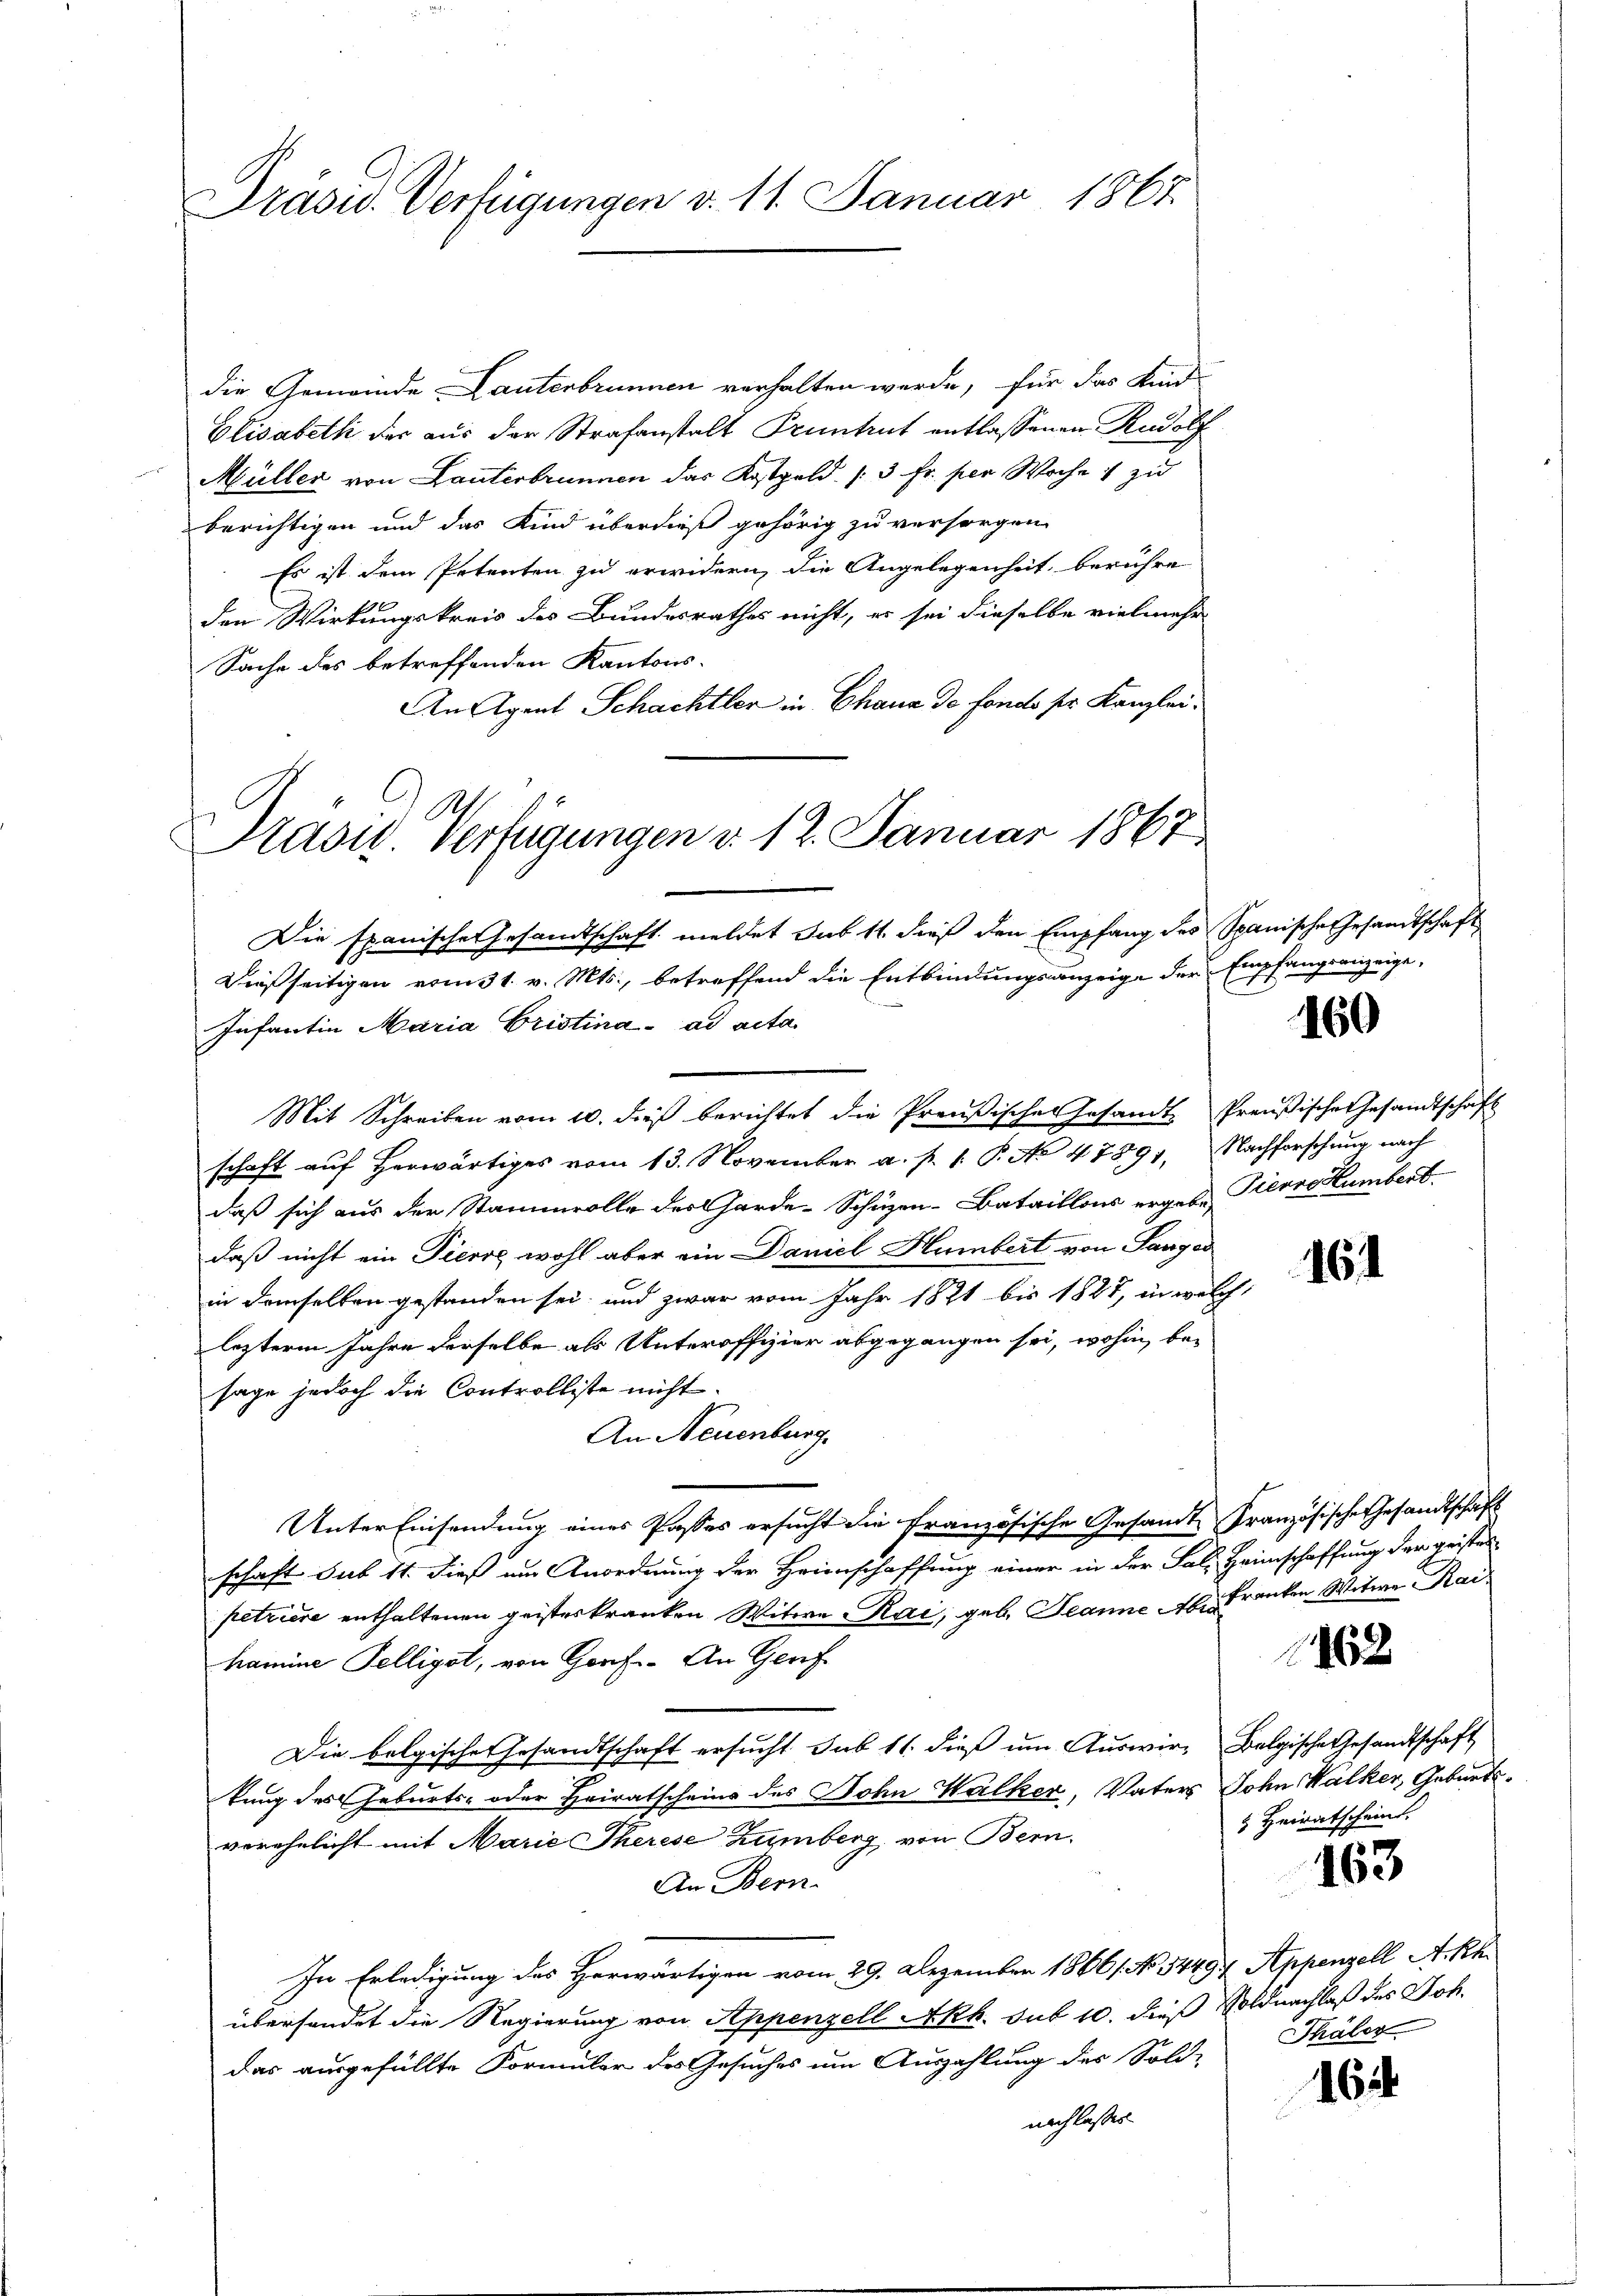
Präsid. Verfügungen v. 11. Januar 1867.

die Gemeinde Lauterbrunnen verhalten werde, für das Kind
Elisabeth der aus der Strafanstalt Pruntrut entlassenen Rudolf
Müller von Lanterbrunnen das Kostgeld. /3 Fr. per Woche zu
berichtigen und das Kind überdieß gehörig zu versorgen
Es ist dem Petenten zu erwidern, die Angelegenheit berühre
den Wirkungskreis des Bundesrathes nicht, er sei dieselbe vielmehr
Sache des betreffenden Kantons-
An Agent Schachtler in Chana de fondo sr. Kanzlei¬
Die spanische Gesandtschaft meldet sub 11. dieß den Empfang des Spanische Gesandtschaft
Dießseitigen vom 31. v. Mts., betreffend die Entbindungsanzeige der Empfangrenzeige,
Infantin Maria Cristina ad acta.
schaft auf herwärtiges vom 13. November a. p. 1. P. No 47891. Nachforschung nach
daß sich aus der Stammvolle der Garde-Schüzen-Bataillons ergebe Pierre Humbert
daß nicht ein Pierre wohl aber ein Daniel Humbert von Langer
in demselben gestanden sei, und zwar vom Jahr 1821 bis 1887, in welche
lezterm Jahre derselbe als Unteroffizier abgegangen sei, wohin, besage jedoch die Controlliste nicht.
An Neuenburg.
Unter Einsendung eines Passes ersucht die französische Gesandte Französische Gesandtschaft
schaft sub 11. dieß um Anordnung der Heimschaffung einer in der Sal. Heimschaffung der geistes
petriere enthaltenen geisterkranken Witwe Rai, geb. Jeanne Aber kranken Witwe Kai
hamine Telliget, von Graf. An Genf
Die belgisches Gesandtschaft ersucht sub 11. dieß um Auswir- Belgische Gesandtschaft
u
kung des Geburts- oder Heiratscheins des John Walker, Vaters Sohn Walker, Geburtsverehelicht mit Marie Therese Zumberg von Bern.
An Bern.
In Erledigung des Herwärtigen vom 29. Dezember 18661. No. 54494. Appenzell A.Rh.
übersendet die Regierung von Appenzell Akk. sub 10. dieß Soldnachlaß des Joh.
das ausgefüllte Formular des Gesuches um Auszahlung des Sold-
nach lassen.

Präsid. Verfügungen v. 12. Januar 1867

Mit Schreiben vom 10. dieß berichtet die Preußisches Gesandte Preußische Gesandtschaft

1162

160

161

Heiratscheint.

163

Thäler

164